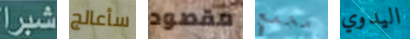
شبرا سأعالج مقصود مجمع اليدوي